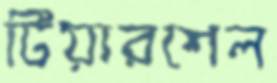
টিয়ারশেল